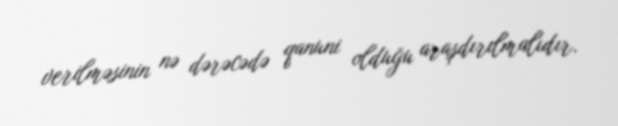
verilməsinin nə dərəcədə qanuni olduğu araşdırılmalıdır.